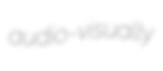
audio-visually